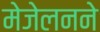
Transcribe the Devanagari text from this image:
मेजेलनने